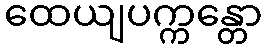
ထေယျပက္ကန္တော